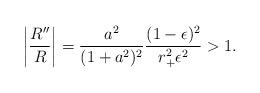
LaTeX: \begin{align*} \left|{R'' \over R} \right|= {a^2 \over (1+a^2)^2} {(1-\epsilon)^2 \over r_+^2\epsilon^2}>1.\end{align*}